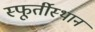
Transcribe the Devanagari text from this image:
स्फूर्तीस्थान